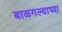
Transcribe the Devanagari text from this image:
बाळगल्याच्या